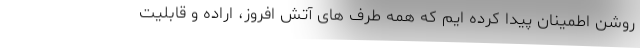
روشن اطمینان پیدا کرده ایم که همه طرف های آتش افروز، اراده و قابلیت